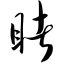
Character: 睹